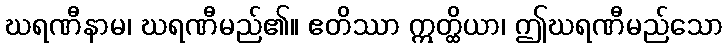
ဃရဏီနာမ၊ ဃရဏီမည်၏။ ဧတိဿာ ဣတ္ထိယာ၊ ဤဃရဏီမည်သော